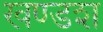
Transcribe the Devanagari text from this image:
खण्डश